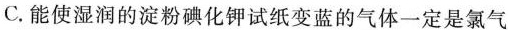
C.能使湿润的淀粉碘化钾试纸变蓝的气体一定是氯气